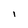
Character: l